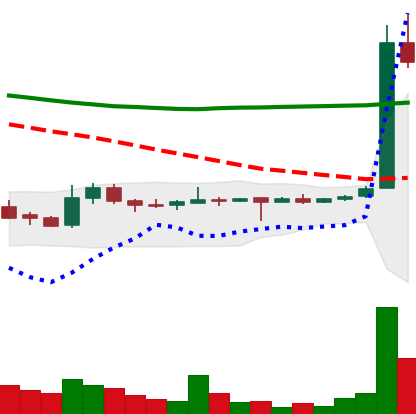
Ticker: LTC-USD
Chart end date: 2015-05-23
Forward return: 3.039%
Label: up_3_5